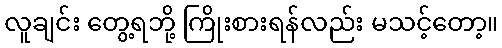
လူချင်း တွေ့ရဘို့ ကြိုးစားရန်လည်း မသင့်တော့။